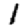
Digit: 1